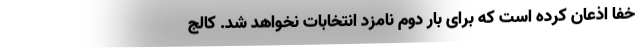
خفا اذعان کرده است که برای بار دوم نامزد انتخابات نخواهد شد. کالج